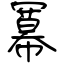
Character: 冪